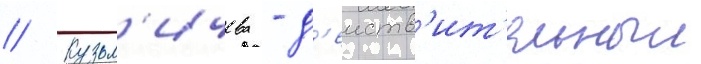
// Кузьм'ичева - д'еиств'ит'ельныи